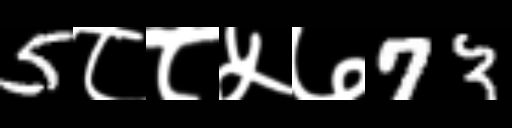
Text: 5८८५७73